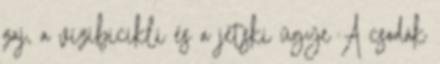
zaj, a vízibicikli és a jetski ügye A csodák